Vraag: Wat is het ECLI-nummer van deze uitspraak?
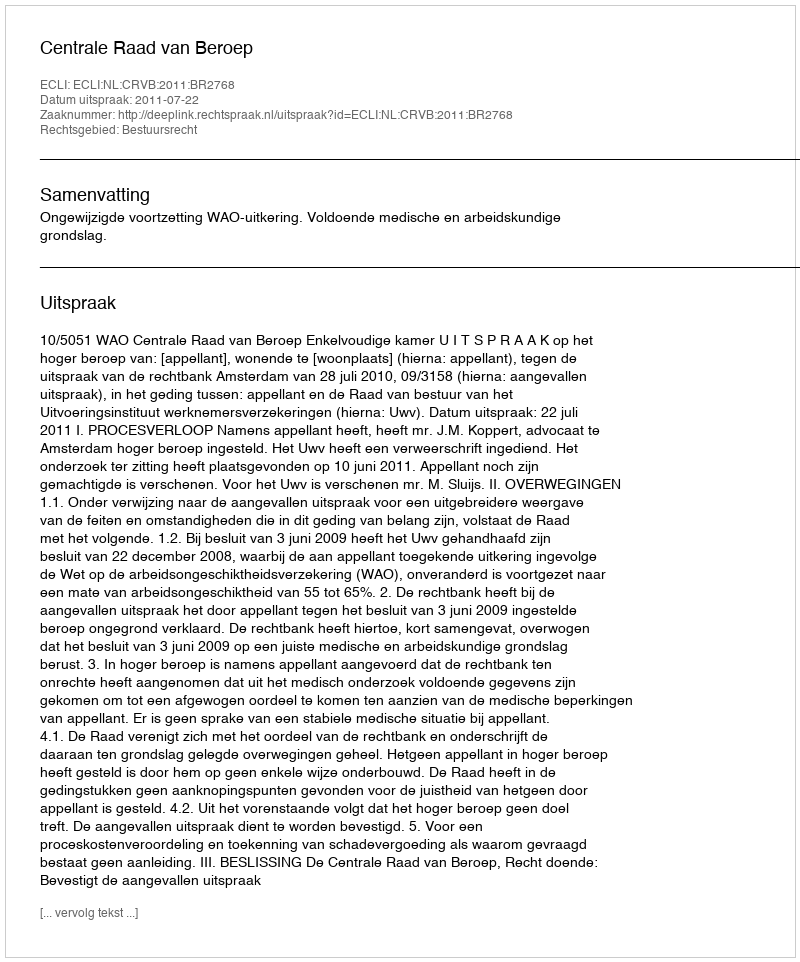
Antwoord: ECLI:NL:CRVB:2011:BR2768